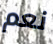
نعم